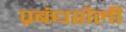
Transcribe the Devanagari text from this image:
प्रबंधशैली